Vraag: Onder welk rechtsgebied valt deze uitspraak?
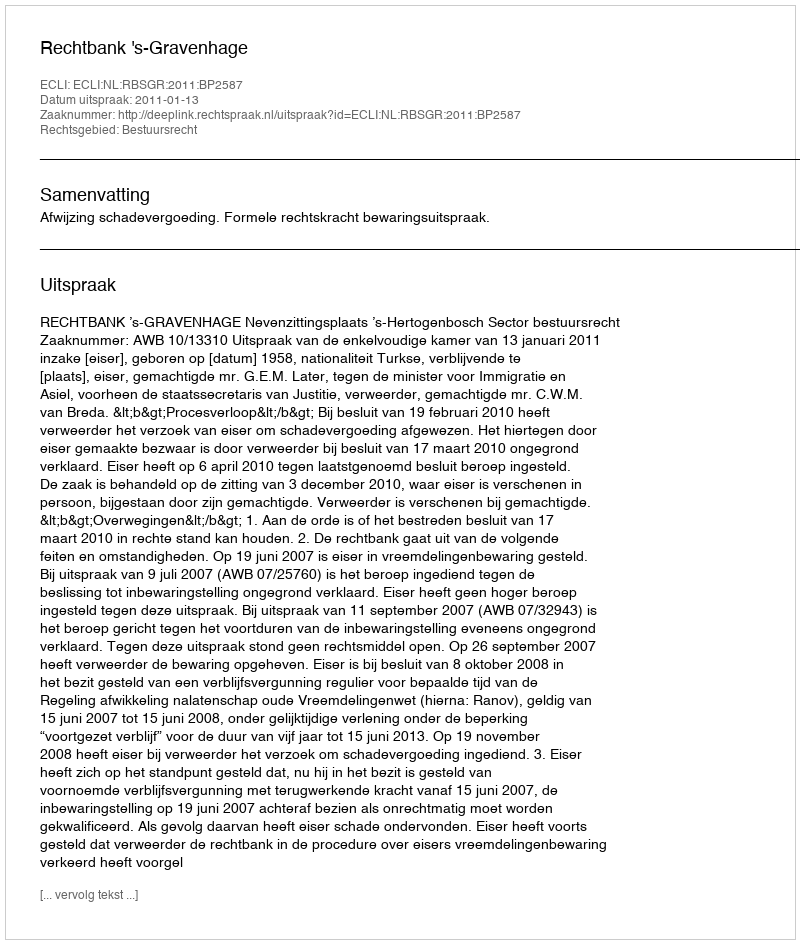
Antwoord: Bestuursrecht